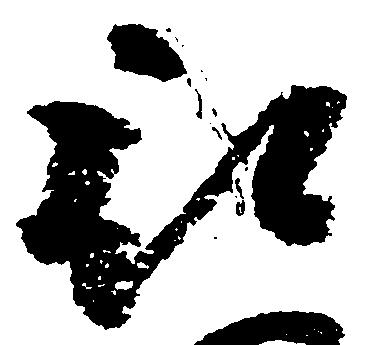
被